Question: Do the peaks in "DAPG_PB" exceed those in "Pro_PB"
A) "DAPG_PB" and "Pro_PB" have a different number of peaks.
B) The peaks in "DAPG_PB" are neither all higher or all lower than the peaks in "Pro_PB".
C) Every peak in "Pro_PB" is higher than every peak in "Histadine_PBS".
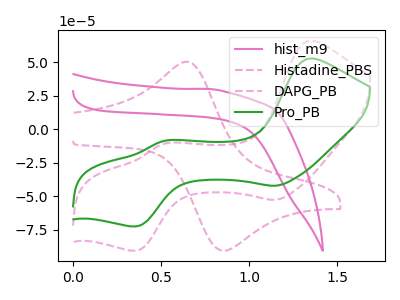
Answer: <think>The pink curve "hist_m9" has no peaks. The pink dashed curve "Histadine_PBS" has an anodic peak at (0.65V, 50.05uA) and a cathodic peak at (0.85V, -90.40uA). The pink dashed curve "DAPG_PB" has anodic peaks at (1.35V, 66.15uA) (0.50V, -10.80uA) and cathodic peaks at (1.15V, -52.45uA) (0.35V, -90.40uA). The green curve "Pro_PB" has anodic peaks at (1.35V, 52.90uA) (0.50V, -8.65uA) and cathodic peaks at (1.15V, -41.95uA) (0.35V, -72.30uA).</think>
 <answer>B) The peaks in "DAPG_PB" are neither all higher or all lower than the peaks in "Pro_PB".</answer>
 <eval>B</eval>